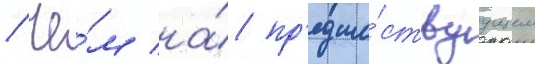
/ че́м на́ пр'едше́ствуущем